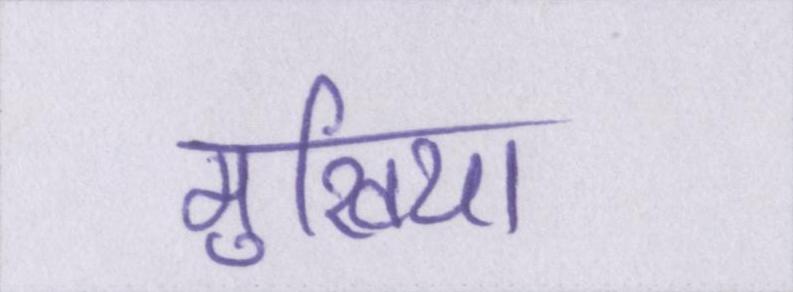
मुखिया